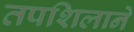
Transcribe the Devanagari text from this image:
तपशिलाने